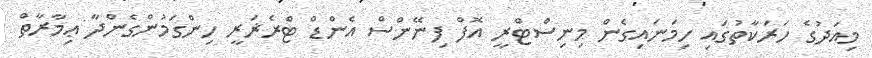
މިއަދުގެ ހަރަކާތުގައި ހިމަނައިގެން މިނިސްޓްރީ އޮފް ފިނޭންސް އެންޑް ޓްރެޜަރީ ހިންގަމުންގެންދާ ޢިމާރާތް